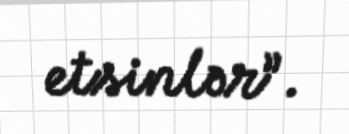
etsinlər”.